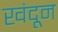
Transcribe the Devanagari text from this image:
खंदून